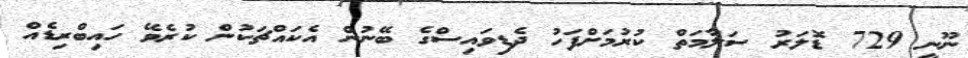
ނޫނީ 729 ޑޮލަރު ސަލާމަތް ކުރުމަށްފަހު ދެޑިވައިސްގެ ބޭނުން އެކައްޗަކުން ކުރެވޭ ހައިބްރިޑެއް